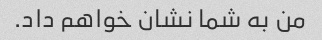
من به شما نشان خواهم داد.